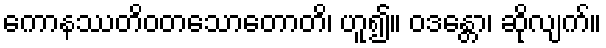
ကောနဿတိဝတသောတောတိ၊ ဟူ၍။ ဝဒန္တော၊ ဆိုလျက်။